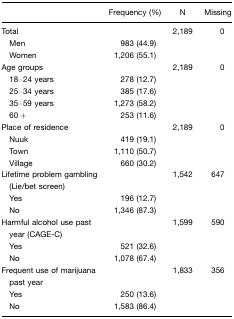
|  | Frequency (%) | N | Missing |
 | --- | --- | --- | --- |
 | Total |  | 2,189 | 0 |
 | Men | 983 (44.9) |  |  |
 | Women | 1,206 (55.1) |  |  |
 | Age groups |  | 2,189 | 0 |
 | 18–24 years | 278 (12.7) |  |  |
 | 25–34 years | 385 (17.6) |  |  |
 | 35–59 years | 1,273 (58.2) |  |  |
 | 60+ | 253 (11.6) |  |  |
 | Place of residence |  | 2,189 | 0 |
 | Nuuk | 419 (19.1) |  |  |
 | Town | 1,110 (50.7) |  |  |
 | Village | 660 (30.2) |  |  |
 | Lifetime problem gambling (Lie/bet screen) |  | 1,542 | 647 |
 | Yes | 196 (12.7) |  |  |
 | No | 1,346 (87.3) |  |  |
 | Harmful alcohol use past year (CAGE-C) |  | 1,599 | 590 |
 | Yes | 521 (32.6) |  |  |
 | No | 1,078 (67.4) |  |  |
 | Frequent use of marijuana past year |  | 1,833 | 356 |
 | Yes | 250 (13.6) |  |  |
 | No | 1,583 (86.4) |  |  |